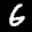
Label: 6